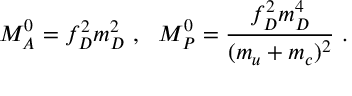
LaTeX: { \cal M } _ { A } ^ { 0 } = f _ { D } ^ { 2 } m _ { D } ^ { 2 } ~ , ~ ~ { \cal M } _ { P } ^ { 0 } = \frac { f _ { D } ^ { 2 } m _ { D } ^ { 4 } } { ( m _ { u } + m _ { c } ) ^ { 2 } } ~ .